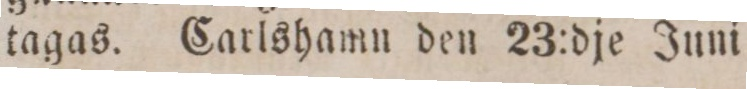
tagas. Carlshamn den 23:dje Juni